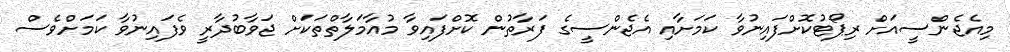
މިއެޖެންސީއަށް ރިޕޯޓުކޮށްފައިނުވާ ކަމަށާއި އެޖެންސީގެ ފަރާތުން ކޮށްފައިވާ މުއާމަލާތްތަކަށް ޖަވާބުދާރީ ވެފައިނުވާ ކަމަށްވެސް